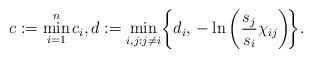
LaTeX: \begin{align*} c := \min_{i=1}^{n} c_i, d := \min_{i, j: j \neq i} \!\bigg\{ d_i,\, -\ln \bigg( \dfrac{s_j}{s_i} \chi_{ij} \bigg) \!\bigg\}.\end{align*}